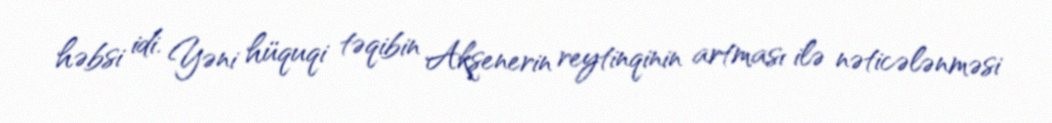
həbsi idi. Yəni hüquqi təqibin Akşenerin reytinqinin artması ilə nəticələnməsi